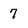
Character: 7